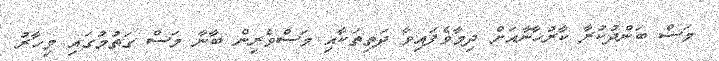
މަސް ބަންދުކުރާ ކާރުހާނާއަށް ދިމާވެފައިވާ ދަތިތަކާއި މަސްވެރިން ބާނާ މަސް ގަތުމުގައި މިހާރު